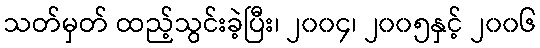
သတ်မှတ် ထည့်သွင်းခဲ့ပြီး၊ ၂၀၀၄၊ ၂၀၀၅နှင့် ၂၀၀၆